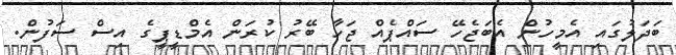
ބަދަލުގައި އެމީހުން އެބަޖެހޭ ސައްޕެއް ޖަހާ ބޭރު ކުރަން އެމްޑީޕީގެ އިސް ސަފުން.